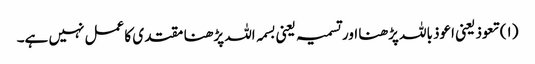
(۱) تعوذ یعنی اعوذ باللہ پڑھنا اور تسمیہ یعنی بسمہ اللہ پڑھنا مقتدی کا عمل نہیں ہے۔